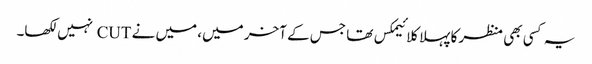
یہ کسی بھی منظر کا پہلا کلائیمکس تھا جس کے آخر میں، میں نے CUT نہیں لکھا۔